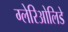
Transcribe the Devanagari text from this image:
ग्लेरिओलिडे